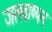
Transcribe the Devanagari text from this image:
जलवाष्पन